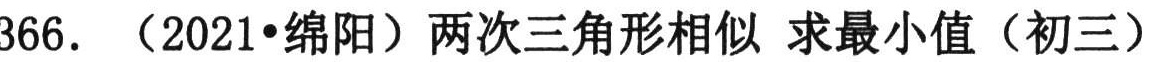
366. （2021•绵阳）两次三角形相似 求最小值（初三）